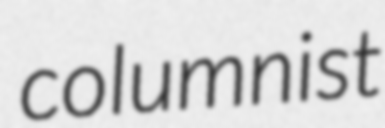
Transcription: columnist